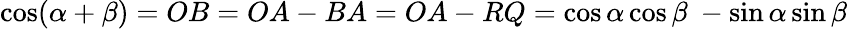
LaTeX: \cos(\alpha+\beta)=OB=OA-BA=OA-RQ=\cos\alpha\cos\beta\ -\sin\alpha\sin\beta